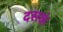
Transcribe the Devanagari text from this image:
दसकं